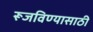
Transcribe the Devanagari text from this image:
रूजविण्यासाठी